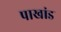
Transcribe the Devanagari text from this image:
पाखांड